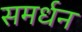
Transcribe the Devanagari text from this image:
समर्धन